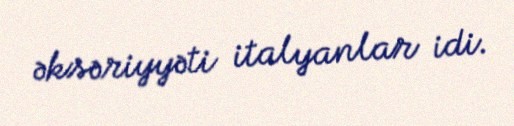
əksəriyyəti italyanlar idi.